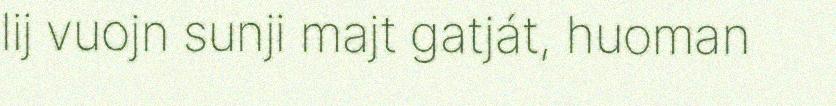
lij vuojn sunji majt gatját, huoman